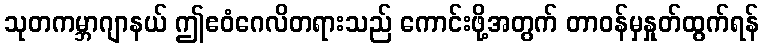
သုတကမ္ဘာဂျာနယ် ဤဧဝံဂေလိတရားသည် ကောင်းဖို့အတွက် တာဝန်မှနှုတ်ထွက်ရန်